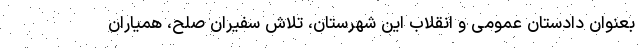
بعنوان دادستان عمومی و انقلاب این شهرستان، تلاش سفیران صلح، همیاران